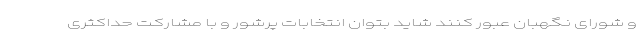
و شورای نگهبان عبور کنند شاید بتوان انتخابات پرشور و با مشارکت حداکثری